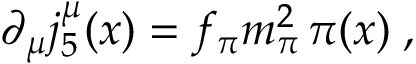
\partial _ { \mu } j _ { 5 } ^ { \mu } ( x ) = f _ { \pi } m _ { \pi } ^ { 2 } \, \pi ( x ) \; ,